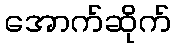
အောက်ဆိုက်